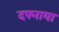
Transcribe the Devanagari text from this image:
दफ्नाया